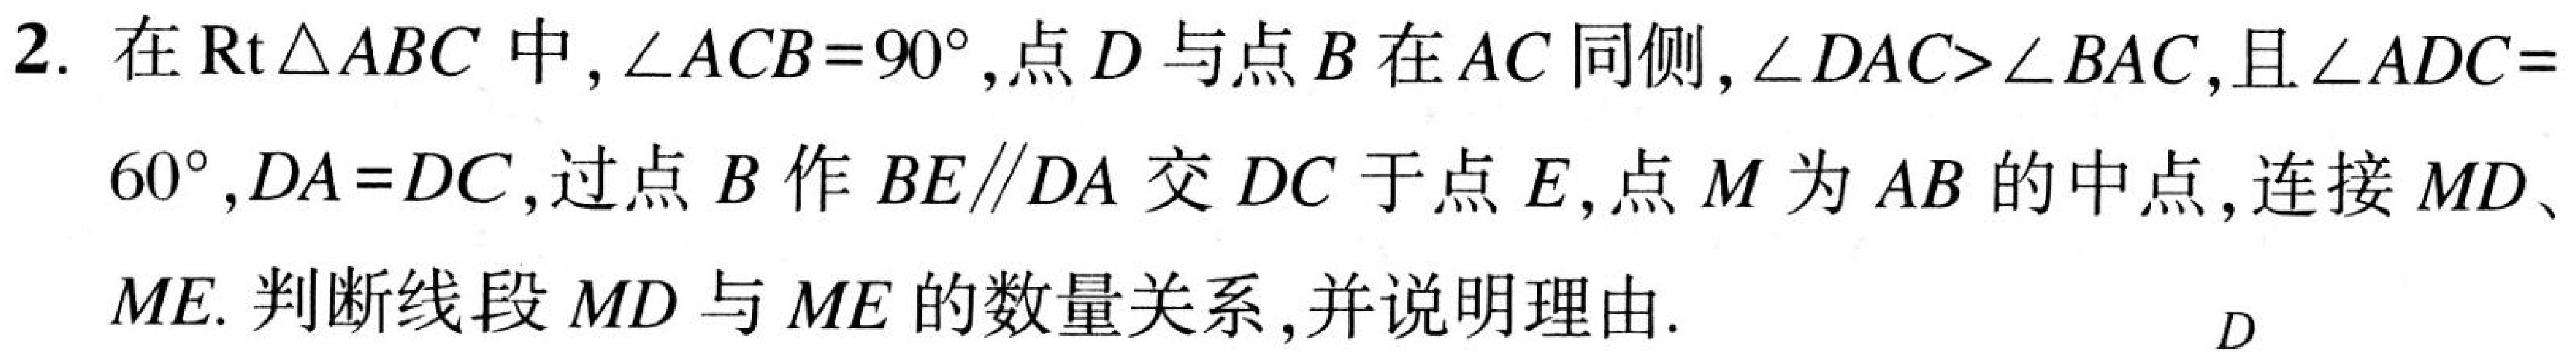
2. 在\(\text{Rt}\triangle ABC\)中，\(\angle ACB = 90^{\circ}\)，点\(D\)与点\(B\)在\(AC\)同侧，\(\angle DAC>\angle BAC\)，且\(\angle ADC = 60^{\circ}\)，\(DA = DC\)，过点\(B\)作\(BE\parallel DA\)交\(DC\)于点\(E\)，点\(M\)为\(AB\)的中点，连接\(MD\)、\(ME\). 判断线段\(MD\)与\(ME\)的数量关系，并说明理由.